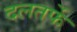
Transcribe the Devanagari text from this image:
दलतर्फे